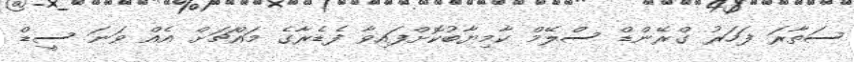
ސަތާރަ ފަހަރު ގްރޭންޑް ސްލޭމް ކާމިޔާބުކޮށްފައިވާ ފެޑެރާގެ މައްޗަށް އެއް ވަނަ ސީޑް